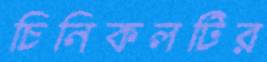
চিনিকলটির